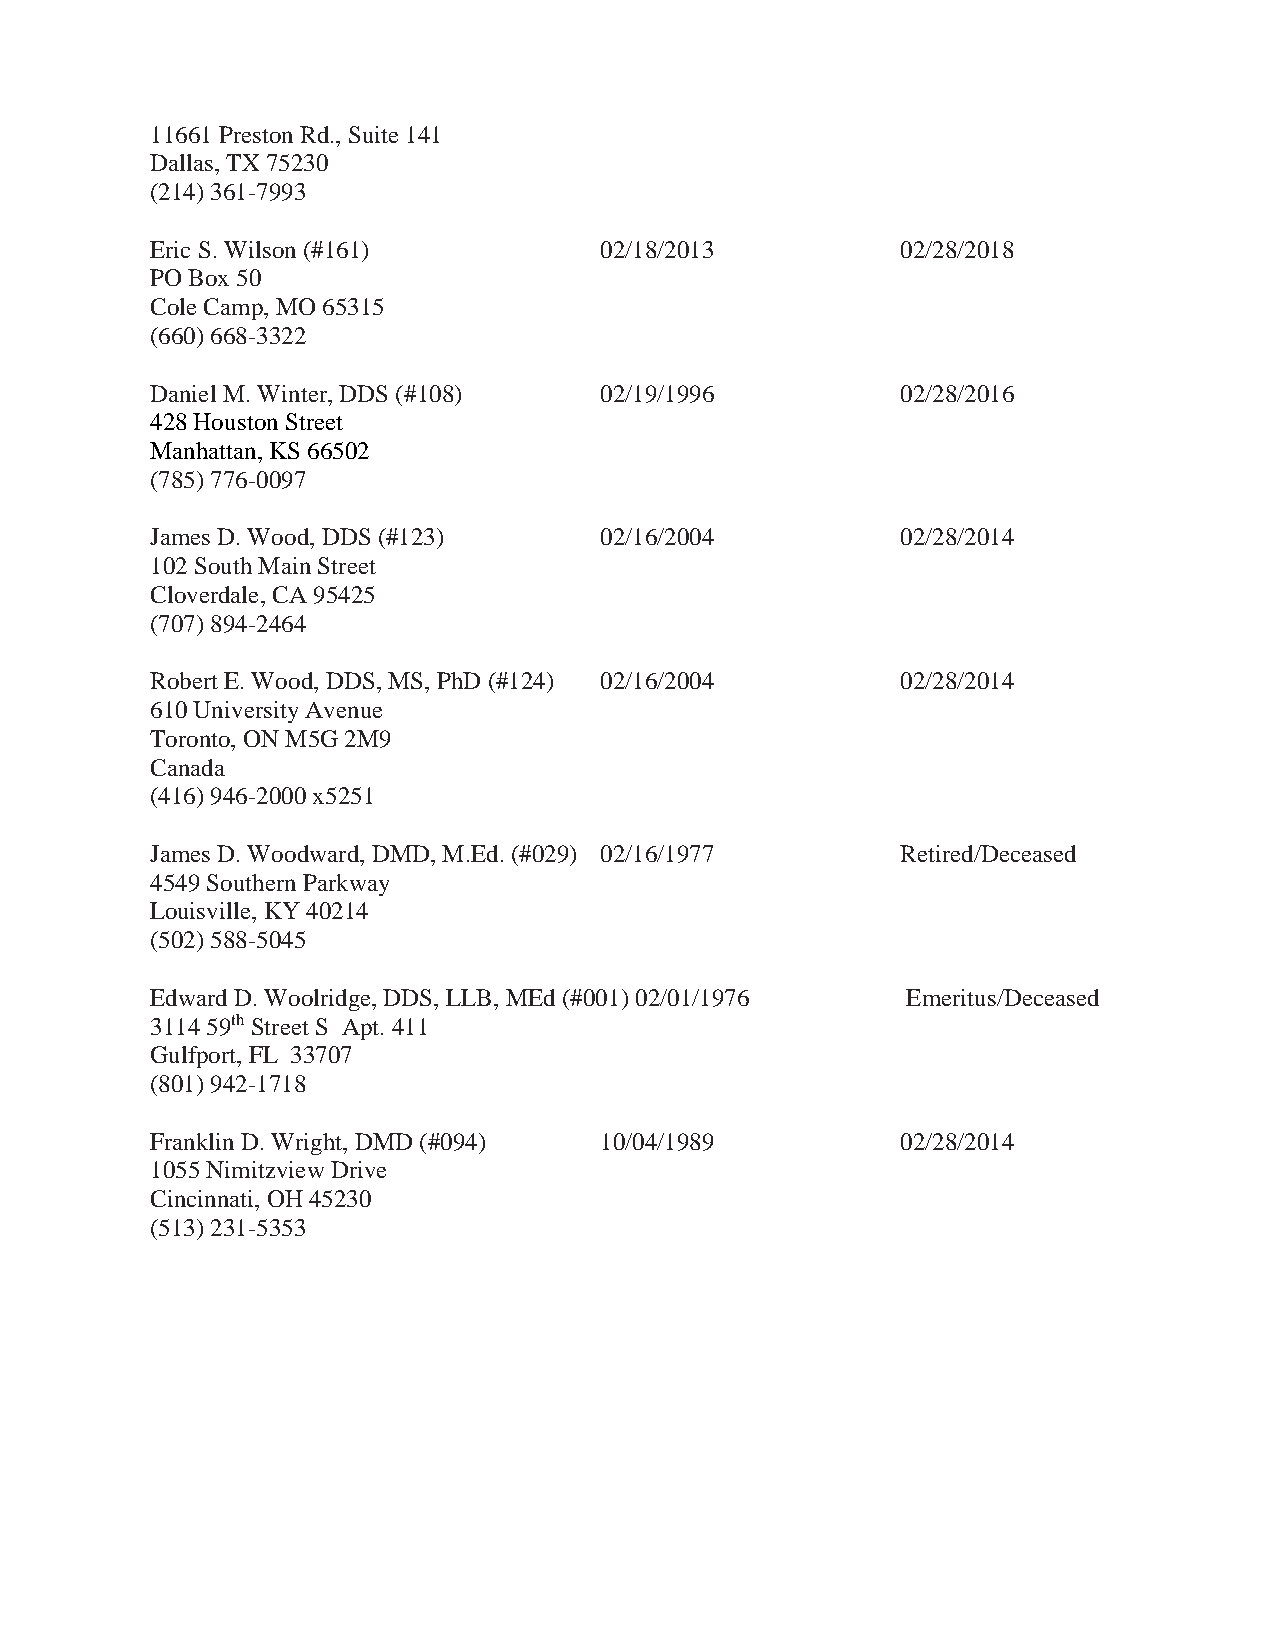
11661 Preston Rd., Suite 141
 Dallas, TX 75230
 (214) 361-7993
 Eric S. Wilson (#161)         02/18/2013          02/28/2018
 PO Box 50
 Cole Camp, MO 65315
 (660) 668-3322
 Daniel M. Winter, DDS (#108)  02/19/1996          02/28/2016
 428 Houston Street
 Manhattan, KS 66502
 (785) 776-0097
 James D. Wood, DDS (#123)     02/16/2004          02/28/2014
 102 South Main Street
 Cloverdale, CA 95425
 (707) 894-2464
 Robert E. Wood, DDS, MS, PhD (#124) 02/16/2004    02/28/2014
 610 University Avenue
 Toronto, ON M5G 2M9
 Canada
 (416) 946-2000 x5251
 James D. Woodward, DMD, M.Ed. (#029) 02/16/1977   Retired/Deceased
 4549 Southern Parkway
 Louisville, KY 40214
 (502) 588-5045
 Edward D. Woolridge, DDS, LLB, MEd (#001) 02/01/1976 Emeritus/Deceased
 3114 59th Street S Apt. 411
 Gulfport, FL 33707
 (801) 942-1718
 Franklin D. Wright, DMD (#094) 10/04/1989         02/28/2014
 1055 Nimitzview Drive
 Cincinnati, OH 45230
 (513) 231-5353